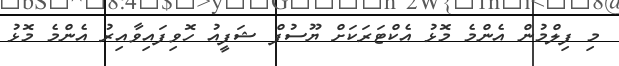
މި ފިލްމުން އެންމެ މޮޅު އެކްޓަރަކަށް ޔޫސުފް ޝަފީއު ހޮވިފައިވާއިރު އެންމެ މޮޅު